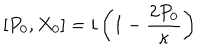
[ P _ { 0 } , X _ { 0 } ] = i \left( 1 - \frac { 2 P _ { 0 } } \kappa \right)